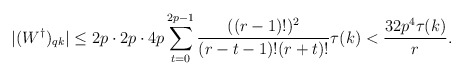
\begin{align*}|(W^{\dagger})_{qk}|\leq 2p\cdot 2p\cdot 4p\sum_{t=0}^{2p-1}\frac{((r-1)!)^2}{(r-t-1)!(r+t)!}\tau(k)<\frac{32p^4\tau(k)}{r}.\end{align*}